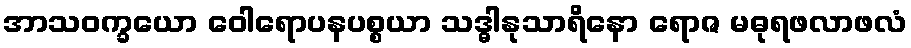
အာသဝက္ခယော ဝေါရောပနပစ္စယာ သဒ္ဓါနုသာရိနော ရောဇ မဓုရဖလာဖလံ